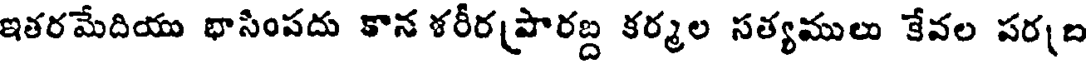
ఇతరమేదియు భాసింపదు కాన శరీరప్రారబ్ద కర్మల సత్యములు కేవల పరబ